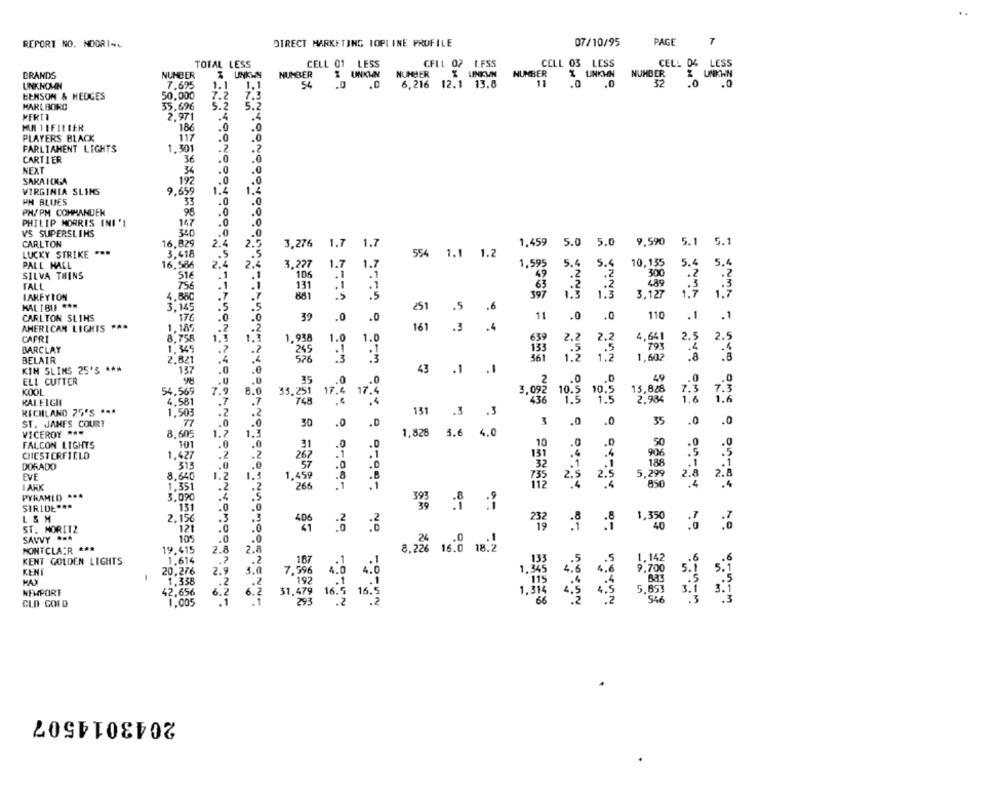
7
REPORT NO. NOORI++
DIRECT MARKETING TOPLINE PROFILE
07/10/95
PAGE
TOTAL LESS
CELL 01 LESS
CFLL 02 1.FSS
CELL 03 LESS
CELL D4 LESS
BRANDS
NUMBER
& UNKWN
NUMBER
2 UNKWN
NUMBER
NUMBER
LINKHN
NUMBER
UNIKHN
UNKNOWN
7.695
1.1
1.1
54
.0
.0
6,216 12.1 13.8
11
.0
.0
32
.0
BENSON & HEDGES
50,000
7.2
7.3
MARLBORO
35,696
5.2
5.2
2,971
.4
.4
MR 11FIL BER
186
.0
.0
PLAYERS BLACK
117
.0
.0
PARLIAMENT LIGHTS
1.301
.2
.2
CARTIER
36
.0
.6
NEXT
34
.0
.0
SARAIOGA
192
.0
VIRGINIA SLEMS
9.659
1.4
1.4
PH BLUES
33
.0
.0
PH/PM COMMANDEK
96
.0
.0
.0
.0
PHILIP MORRIS INI '1
147
VS SUPERSLIMS
340
.0
.0
CARLTON
16,829
2.4
2.5
3,276
1.7 1.7
1.7
1.7
1,459
5.0 5.0
9,590
5.1 5.1
5. 1
5.
LUCKY STRIKE ***
3,418
.5
554 1.1
1.2
PALL HALL
16,586
2.4
2.4
3,297
1.7
1.7
1,595
5.4 5.5
10, 135
5.4
SILVA THINS
51€
TALL
75
.1
131
IARFYTON
4.880
.7
33
3.27
KAL IBLE ***
3.145
.5
251
.5
.6
CARLTON SLIHS
170
.0
11
110
.1
.0
39
.0
.0
.0 .0
AMERICAN LIGHTS ***
1.185
.2
161
.3
.4
CAFRI
8,758
1.
1.
1,938
1.0
639
4.64
2.
BARCLAY
1.345
1.
.?
13
BELAIR
2,821
.4
33
. 60
KIM SLIMS 25'S ***
137
.0
43
.1
ELI CUTTER
35
.0
KOOL
54.569
7.9
8.0
3. 251
17.4
17
13,828
7.3
RALEIGH
4.581
RICHLAND 25'S ***
1.50
131
3,92 %§ 19
.2
.3
ST. JAMES COURT
.0
30
.0
.D
3 .0 .0
35
.0
VICEROY ***
8.605
1.2
1.
1.828
3.6 4.0
no
FALCON LIGHTS
101
10
.0
31
CHESTERFIELD
1,427
.2
.2
DORADO
315
.0
EVE
8.640
.. 0
1.3
I AHK
1.351
.2
#44.8
PYRAMID .. A
3,090
.4
SIRIDE ***
131
.0
.0
L & M
2,15€
.3
1,350
ST. MORITZ
121
.0
SAVVY ...
10%
.0
NO.
8,226 16.8 18:2
MONTCLAIR ***
19,415
2.8
2.
KENT GOLDEN LIGHTS
1.614
.7
KENT
20,276
2.9
1.338
.. 2
NEWPORT
42,656
6.2
CLD CORD
1.005
2043014507